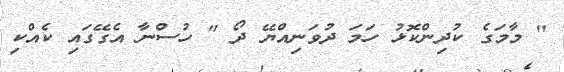
" މާމަގެ ކުދިންކޮޅު ހަމަ ދުވަނިއްޔޭ ދޯ " ހުސްނާ އެގޭގައި ކެއްކި